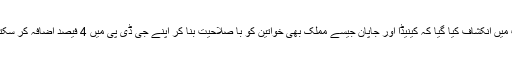
رپورٹ میں انکشاف کیا گیا کہ کینیڈا اور جاپان جیسے مملک بھی خواتین کو با صلاحیت بنا کر اپنے جی ڈی پی میں 4 فیصد اضافہ کر سکتے ہیں۔